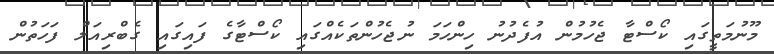
މޫނުމަތީގައި ކޯސްޓާ ޖެހުމުން އުފެދުނު ހިންހަމަ ނުޖެހުންތަކެއްގައި ކޯސްޓާގެ ފައިގައި ގެބްރިއަލް ފަހަތުން